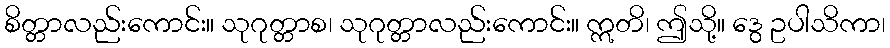
စိတ္တာလည်းကောင်း။ သုဂုတ္တာစ၊ သုဂုတ္တာလည်းကောင်း။ ဣတိ၊ ဤသို့။ ဒွေ ဥပါသိကာ၊